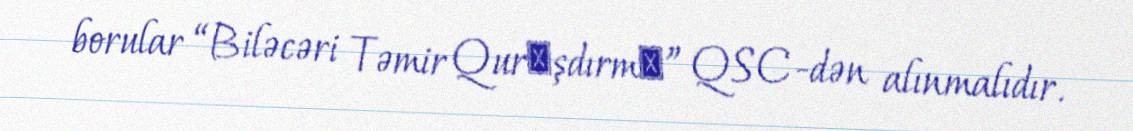
borular “Biləcəri Təmir Qurаşdırmа” QSC-dən alınmalıdır.